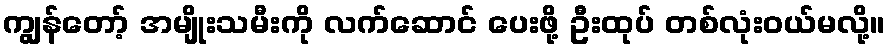
ကျွန်တော့် အမျိုးသမီးကို လက်ဆောင် ပေးဖို့ ဦးထုပ် တစ်လုံးဝယ်မလို့။